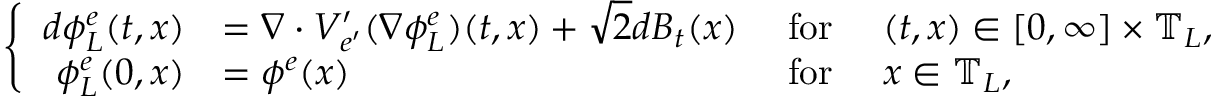
\left\{ \begin{array} { r l r l } { d \phi _ { L } ^ { e } ( t , x ) } & { = \nabla \cdot V _ { e ^ { \prime } } ^ { \prime } ( \nabla \phi _ { L } ^ { e } ) ( t , x ) + \sqrt { 2 } d B _ { t } ( x ) } & { ~ \mathrm { f o r } ~ } & { ( t , x ) \in [ 0 , \infty ] \times \mathbb { T } _ { L } , } \\ { \phi _ { L } ^ { e } ( 0 , x ) } & { = \phi ^ { e } ( x ) } & { ~ \mathrm { f o r } ~ } & { x \in \mathbb { T } _ { L } , } \end{array} \right.